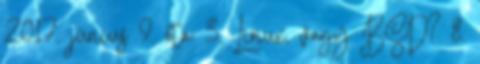
2017. június 9. óta: 3. Linux, vagy BSD? 8.